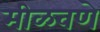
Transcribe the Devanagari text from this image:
मीळवणे